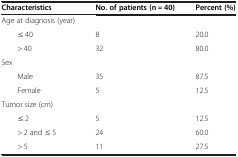
| Characteristics | No. of patients (n = 40) | Percent (%) |
 | --- | --- | --- |
 | Age at diagnosis (year) |  |  |
 | ≤ 40 | 8 | 20.0 |
 | > 40 | 32 | 80.0 |
 | Sex |  |  |
 | Male | 35 | 87.5 |
 | Female | 5 | 12.5 |
 | Tumor size (cm) |  |  |
 | ≤ 2 | 5 | 12.5 |
 | > 2 and ≤ 5 | 24 | 60.0 |
 | > 5 | 11 | 27.5 |